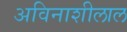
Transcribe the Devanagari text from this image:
अविनाशीलाल